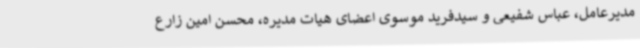
مدیرعامل، عباس شفیعی و سیدفرید موسوی اعضای هیات مدیره، محسن امین زارع